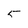
Character: 5